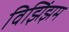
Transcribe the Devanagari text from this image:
विझिंझम